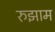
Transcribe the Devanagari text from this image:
रुझाम